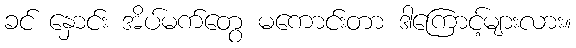
ခင် နှောင်း အိပ်မက်တွေ မကောင်းတာ ဒါကြောင့်များလား။